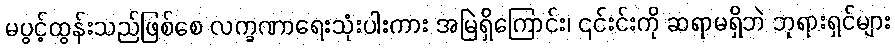
မပွင့်ထွန်းသည်ဖြစ်စေ လက္ခဏာရေးသုံးပါးကား အမြဲရှိကြောင်း၊ ၎င်းင်းကို ဆရာမရှိဘဲ ဘုရားရှင်များ